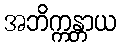
အဘိက္ကန္တာယ